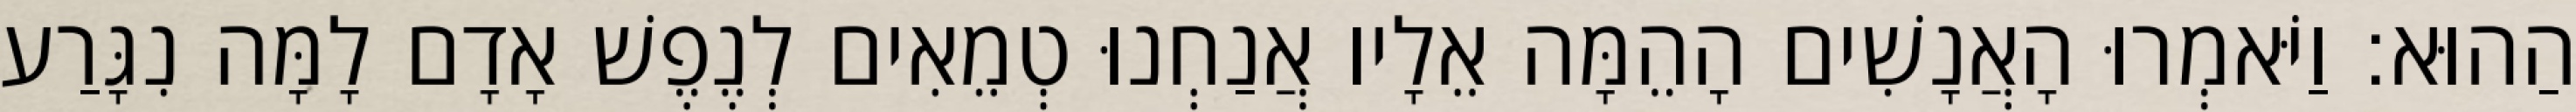
הַהוּא׃ וַיֹּאמְרוּ הָאֲנָשִׁים הָהֵמָּה אֵלָיו אֲנַחְנוּ טְמֵאִים לְנֶפֶשׁ אָדָם לָמָּה נִגָּרַע